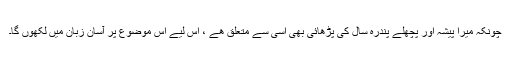
چونکہ میرا پیشہ اور پچھلے پندرہ سال کی پڑھائی بھی اسی سے متعلق ھے ، اس لیے اس موضوع پر آسان زبان میں لکھوں گا۔